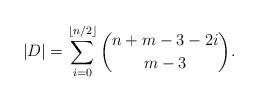
LaTeX: \begin{align*}|D| = \sum_{i=0}^ {\lfloor n/2 \rfloor } \binom{n+m-3-2i}{m-3}. \end{align*}